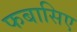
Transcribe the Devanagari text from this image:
फबासिए